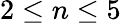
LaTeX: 2\leq n\leq 5